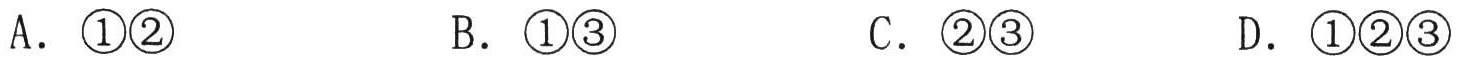
A. \textcircled{1}\textcircled{2}
B. \textcircled{1}\textcircled{3}
C. \textcircled{2}\textcircled{3}
D. \textcircled{1}\textcircled{2}\textcircled{3}